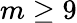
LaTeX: m\geq 9